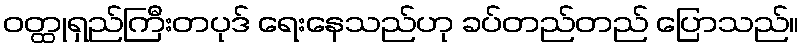
ဝတ္ထုရှည်ကြီးတပုဒ် ရေးနေသည်ဟု ခပ်တည်တည် ပြောသည်။